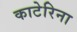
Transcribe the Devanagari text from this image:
काटेरिना